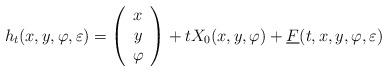
LaTeX: \begin{align*}h_t (x,y,\varphi, \varepsilon) = \left(\begin{array}{c}x \\y \\\varphi\end{array}\right)+ t X_0 (x,y,\varphi ) + \underline F (t,x,y,\varphi , \varepsilon)\end{align*}